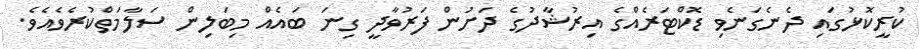
ކުރީކޮޅުގައި ދެނެގަނެވި ޑޮކްޓަރެއްގެ އިރުޝާދުގެ ދަށުން ފަރުވާދީ ގިނަ ބައެއް މިބަލިން ސަލާމަތްކުރެވެއެވެ.